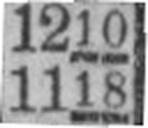
1118